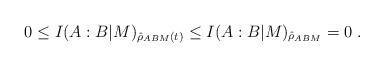
LaTeX: \begin{align*}0\le I(A:B|M)_{\hat{\rho}_{ABM}(t)} \le I(A:B|M)_{\hat{\rho}_{ABM}} = 0\;.\end{align*}